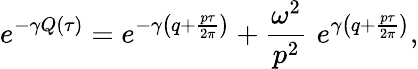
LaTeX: e^{-\gamma Q(\tau)}=e^{-\gamma\left(q+\frac{p\tau}{2\pi}\right)}+\frac{\omega^{2}}{p^{2}}\, \, e^{\gamma\left(q+\frac{p\tau}{2\pi}\right)},